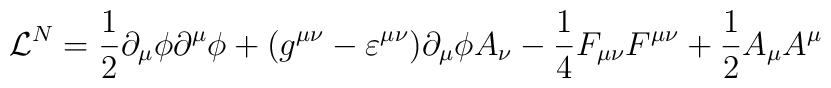
{\cal{L}}^N = \frac{1}{2} \partial_\mu \phi \partial^\mu  \phi + (g^{\mu\nu} - \varepsilon^{\mu\nu}) \partial_\mu\phi  A_\nu - \frac{1}{4} F_{\mu\nu} F^{\mu\nu} + \frac{1}{2} A_\mu  A^\mu